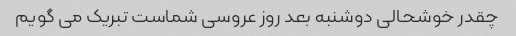
چقدر خوشحالی دوشنبه بعد روز عروسی شماست تبریک می گویم